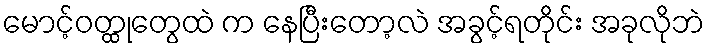
မောင့်ဝတ္ထုတွေထဲ က နေပြီးတော့လဲ အခွင့်ရတိုင်း အခုလိုဘဲ